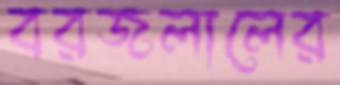
বরজলালের